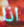
انا